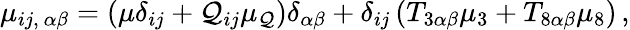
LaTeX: \mu_{ij,~\alpha\beta}=(\mu\delta_{ij}+\mathcal{Q}_{ij}\mu_{\mathcal{Q}})\delta_{\alpha\beta}+\delta_{ij}\left(T_{3\alpha\beta}\mu_{3}+T_{8\alpha\beta}\mu_{8}\right)\, ,